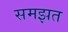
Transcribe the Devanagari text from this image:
समझत